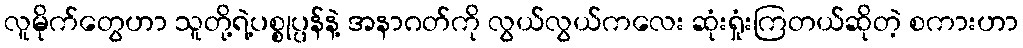
လူမိုက်တွေဟာ သူတို့ရဲ့ပစ္စုပ္ပန်နဲ့ အနာဂတ်ကို လွယ်လွယ်ကလေး ဆုံးရှုံးကြတယ်ဆိုတဲ့ စကားဟာ